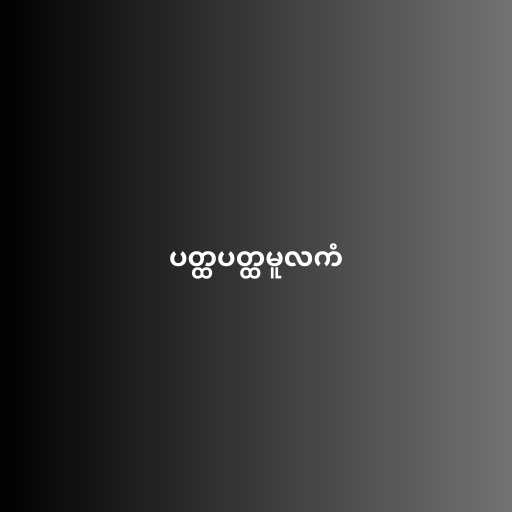
ပတ္ထပတ္ထမူလကံ